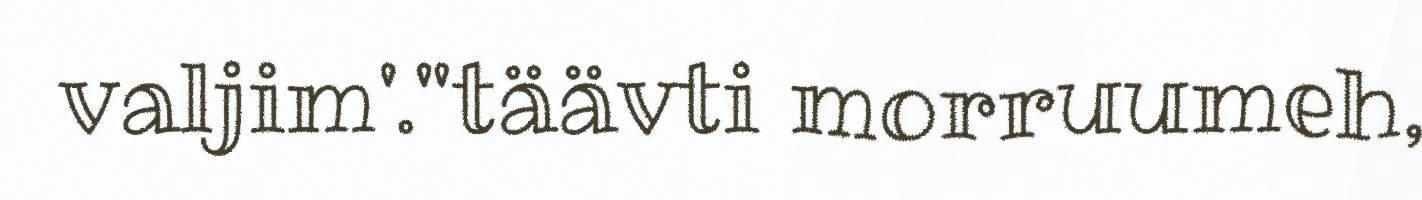
valjim'."täävti morruumeh,